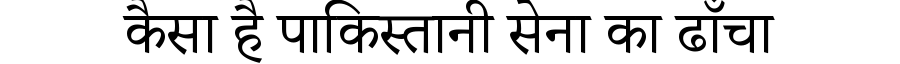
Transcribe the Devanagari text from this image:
कैसा है पाकिस्तानी सेना का ढाँचा